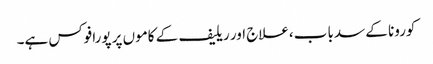
کورونا کے سدبا ب،علاج اور ریلیف کے کاموں پر پورافوکس ہے۔